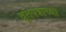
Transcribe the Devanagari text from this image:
व्रूतपत्राच्या